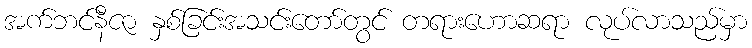
အက်ဘင်နီဇာ နှစ်ခြင်းအသင်းတော်တွင် တရားဟောဆရာ လုပ်လာသည်မှာ